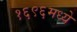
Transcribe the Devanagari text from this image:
१६९६मध्ये